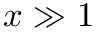
x \gg 1